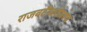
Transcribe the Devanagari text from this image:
राजवटीबरोबरच